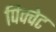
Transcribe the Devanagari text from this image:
पिक्वेट